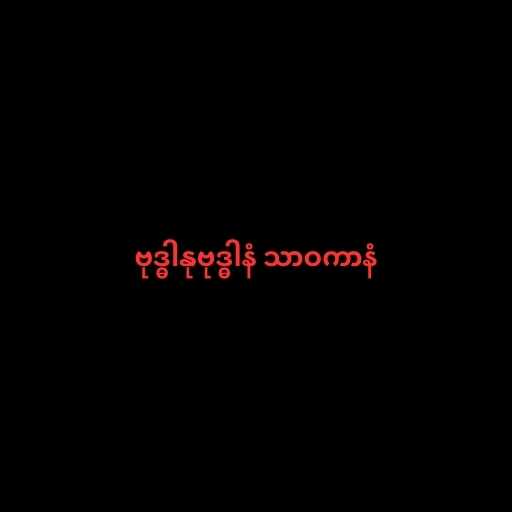
ဗုဒ္ဓါနုဗုဒ္ဓါနံ သာဝကာနံ